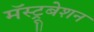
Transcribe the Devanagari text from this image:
मॅस्ट्रूबेशन